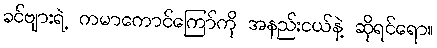
ခင်ဗျားရဲ့ ကမာကောင်ကြော်ကို အနည်းငယ်နဲ့ ဆိုရင်ရော။